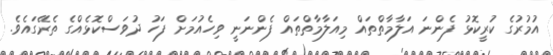
އުމުރުގެ ކުރީކޮޅު ފެންނަ އަލާމާތްތައް މިއަލާމާތްތައް ފެންނަނީ ވިހެއުމަށް ފަހު ދުވަސްކޮޅެއްގެ ތެރޭގައެވެ.